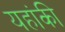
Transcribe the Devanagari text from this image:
यहांकी